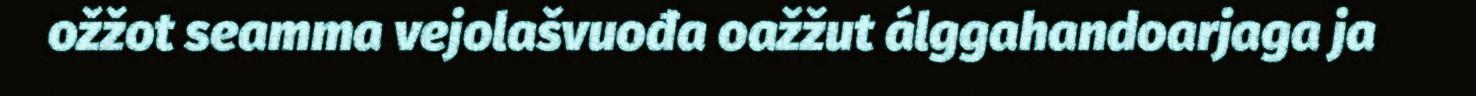
ožžot seamma vejolašvuođa oažžut álggahandoarjaga ja